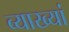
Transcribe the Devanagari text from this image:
व्याख्यां